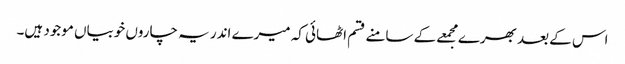
اس کے بعد بھرے مجمعے کے سامنے قسم اٹھائی کہ میرے اندر یہ چاروں خوبیاں موجود ہیں۔